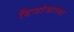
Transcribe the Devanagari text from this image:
बिजांडाच्या